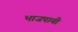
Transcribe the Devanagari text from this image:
भाजपायी